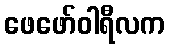
ဖေဖော်ဝါရီလက